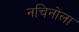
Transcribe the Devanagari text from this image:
नचिनोला